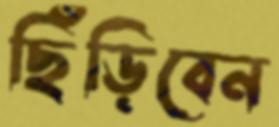
ছিঁড়িবেন